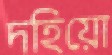
দহিয়ো